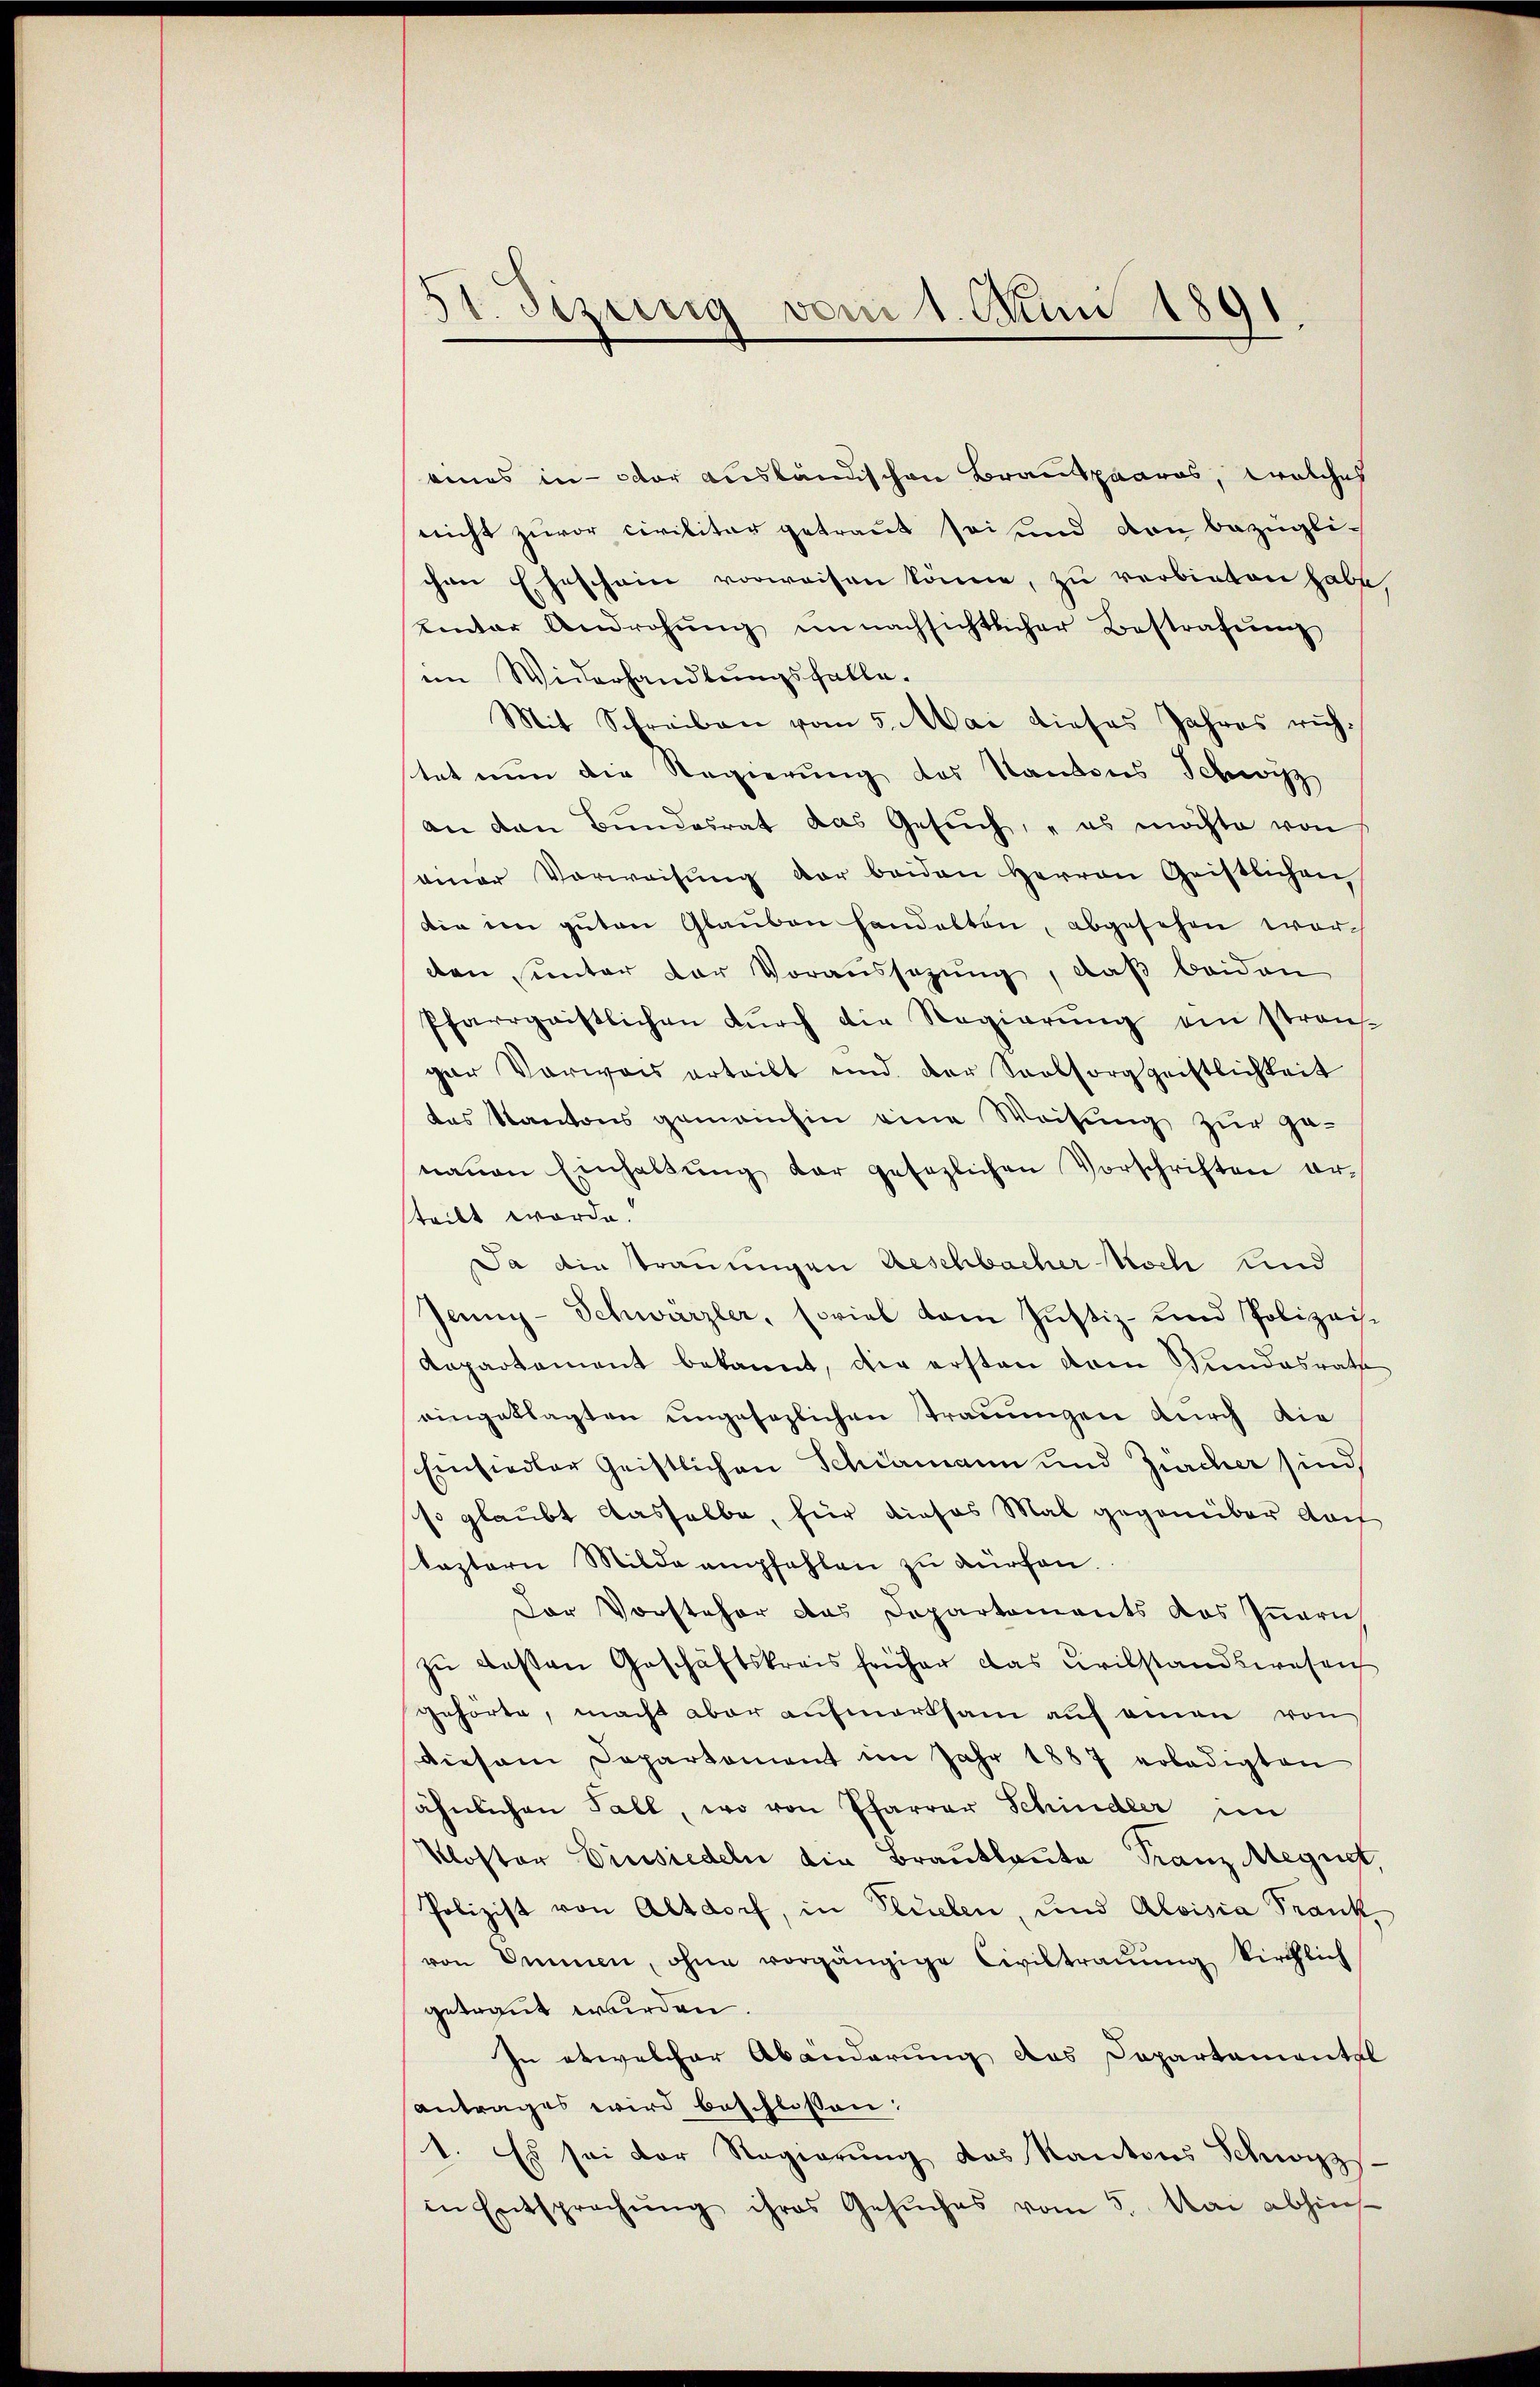
51. Sizung vom 1. Juni 1891.

eines in der ausländischen Brautpaares, welches
nicht zuvor civilitar getraut sei und von bezügli-
chen Ehescheine vorweisen könne, zu verbieten habe.
einter Androhŭng unnachsichtlicher Bestrafŭng
im Widerhandlungsfalle.
Mit Schreiben vom 5. Mai dieses Jahres richtat nun die Regierung des Kantons Schwyz
an den Bundesrat das Gesŭch, es möchte von
einer Vorweisŭng der beiden Herren Geistlichen,
die im gŭten Glauben handelten, abgesehen worden sunter der Voraussagung, daß beiden
Pfarrgaistlichen dŭrch die Regierŭng ein stren-
gar Vorweis erteilt und der Seelsorggeistlichkeit
das Kantons gemeinhin eine Weisung zur genaŭen Einhaltŭng dar gesezlichen Vorschriften er-
steckt worde.
Ja die Traumigen Beschbacher Koch und
Jenny-Schwärzler, soviel vom Justiz- und Polizeis¬
Repartement bekannt, die ersten drei Kundesrath
eingetragten ungesezlichen Trauungen durch die
Einsiedler Geistlichen Schiamann und Zürcher sind
so glaubt dasselbe, für dieses Mal gegenüber doch
kastern Milde empfehlen zu dürfen.
Der Vorsteher das Departements das Innern
zu besten Geschäftskreis früher das Civilstandswesen
gehörte, macht aber aufmerksam auf einen von
Diesem Departament im Jahr 1887 erledigten
ähnlichen Fall, wo von Pfarrer Schindler im
Kloster Einsiedeln die Brautleute Franz Megnet,
Polizist von Altdorf, in Flüelen, und Aloisia Frankvon Dimen, ohne vorgängige Civiltraŭŭng kirchlich
getraut werden.
In etwelcher Abänderung das Dapartamentel
antrages wird beschlossen:
1. Es sei der Regierŭng des Kantons Schwyz
in Entsprechŭng ihres Gesŭches vom 5. Mai abhin